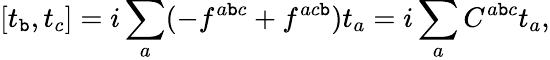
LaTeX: [t_{\mathtt{b}},t_{c}]=i\sum_{a}(-f^{a\mathtt{b}c}+f^{ac\mathtt{b}})t_{a}=i\sum_{a}C^{a\mathtt{b}c}t_{a},